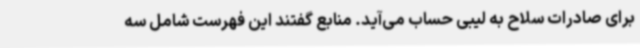
برای صادرات سلاح به لیبی حساب می‌آید. منابع گفتند این فهرست شامل سه